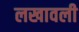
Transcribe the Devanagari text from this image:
लखावली